Report on the working of the Ranchi Indian Mental Hospital, Kanke, in Bihar and Orissa - 1930-1940
Year: 1930
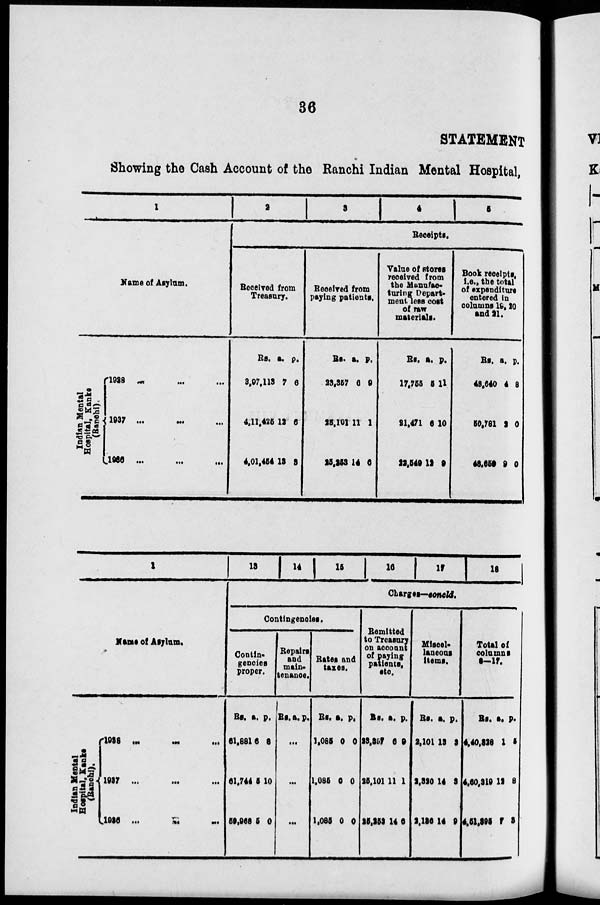
36
STATEMENT
Showing the Cash Account of the Ranchi Indian Mental Hospital,
1
Name of Asylum.
Indian Mental
Hospital, Ranks
(Ranchi).
1936 ... ... ...
1937 ... ... ...
1936 ... ... ...
2
3
4
5
Receipts.
Received from
Treasury.
Rs.
3,97,113
4,11,425
4,01,454
a.
7
12
13
p.
6
6
3
Received from
paying patients.
Rs.
23,357
25,101
25,253
a.
6
11
14
p.
9
1
0
Value of stores
received from
the Manufac-
turing Depart-
ment less cost
of raw
materials.
Rs.
17,755
21,471
12,549
a.
5
6
12
p.
11
10
9
Book receipts,
i.e., the total
of expenditure
entered in
columns 19, 20
and 21.
Rs.
48,640
50,781
48,659
a.
4
2
9
p.
8
0
0
1
Name of Asylum.
Indian Mental
Hospital, Kanke
(Ranchi).
1938
...
...
...
1937
...
...
...
1936 ... ... ...
13
14 15 16 1 7
18
Charges—concld.
Contingencies.
Contin-
gencies
proper.
Rs.
61,881
61,744
59,968
a.
6
5
5
p.
8
10
0
Repairs
and
main-
tenance.
Rs.a. p.
...
...
...
Rates and
taxes.
Rs.
1,085
1,085
1,085
a.
0
0
0
p.
0
0
0
Remitted
to Treasury
on account
of paying
patients,
etc.
Rs.
23,257
25,101
25,252
a.
6
11
14
p.
9
1
6
Miscel-
laneous
items.
Rs.
2,101
2,320
2,136
a.
13
14
14
p.
3
3
9
Total of
columns
8-17.
Rs.
4,40,328
4,60,219
4,51,395
a.
1
12
7
p.
5
8
3